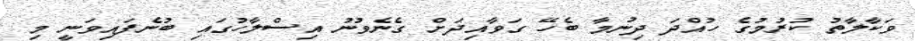
ވަކާލާތު ކުރުމުގެ ހުއްދަ ދިނުމާ ބެހޭ ގަވާއިދަށް ގެނެވުނު އިސްލާހުގައި ބުނެފައިވަނީ މި